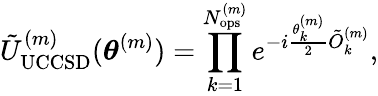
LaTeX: \tilde{U}_{\mathrm{UCCSD}}^{(m)}(\boldsymbol{\theta}^{(m)})=\prod_{k=1}^{N_{\mathrm{ops}}^{(m)}}e^{-i\frac{\theta_{k}^{(m)}}{2}\tilde{O}_{k}^{(m)}},